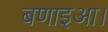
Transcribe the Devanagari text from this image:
बणाइआ।